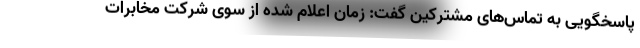
پاسخگویی به تماس‌های مشترکین گفت: زمان اعلام شده از سوی شرکت مخابرات